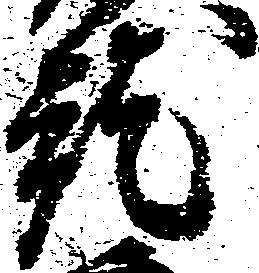
就